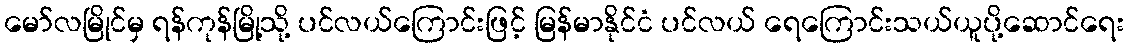
မော်လမြိုင်မှ ရန်ကုန်မြို့သို့ ပင်လယ်ကြောင်းဖြင့် မြန်မာနိုင်ငံ ပင်လယ် ရေကြောင်းသယ်ယူပို့ဆောင်ရေး